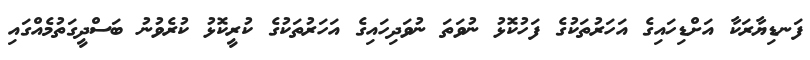
ފަނޑިޔާރަކާ އަށްޑިހައިގެ އަހަރުތަކުގެ ފަހުކޮޅު ނުވަތަ ނުވަދިހައިގެ އަހަރުތަކުގެ ކުރީކޮޅު ކުރެވުނު ބަސްދީގަތުމެއްގައި